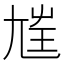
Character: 𡯭